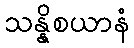
သန္နိစယာနံ